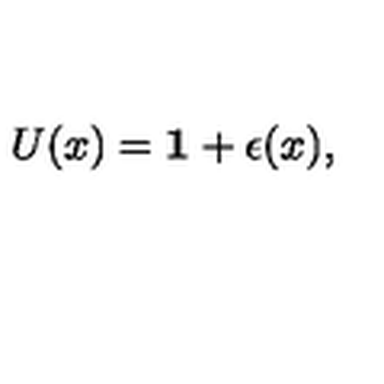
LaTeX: U ( x ) = { \bf 1 } + \epsilon ( x ) ,